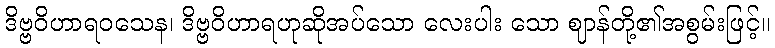
ဒိဗ္ဗဝိဟာရဝသေန၊ ဒိဗ္ဗဝိဟာရဟုဆိုအပ်သော လေးပါး သော ဈာန်တို့၏အစွမ်းဖြင့်။